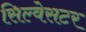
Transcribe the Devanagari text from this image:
सिल्वेसटर